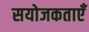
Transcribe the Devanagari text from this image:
सयोजकताएँ